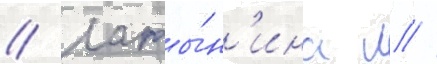
// Латы́н'ина л //